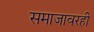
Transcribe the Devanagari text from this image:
समाजावरही